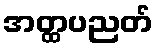
အတ္ထပညတ်